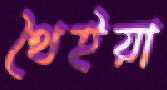
থৈইয়া